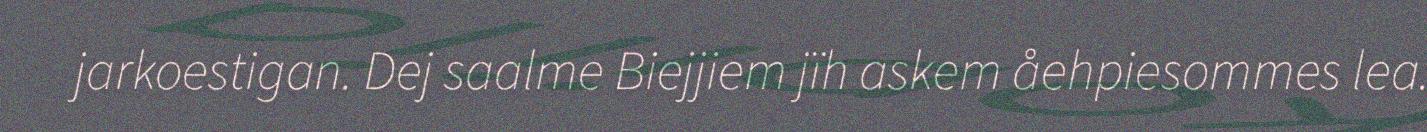
jarkoestigan. Dej saalme Biejjiem jïh askem åehpiesommes lea.